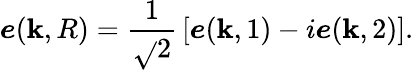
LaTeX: {\boldsymbol{e}}({\boldsymbol{\mathbf{k}}},R)={\frac{{1}}{{\sqrt{}{{2}}}}}\left[{\boldsymbol{e}}({\boldsymbol{\mathbf{k}}},1)-i{\boldsymbol{e}}({\boldsymbol{\mathbf{k}}},2)\right].